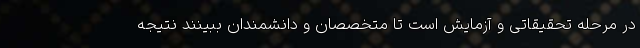
در مرحله تحقیقاتی و آزمایش است تا متخصصان و دانشمندان ببینند نتیجه